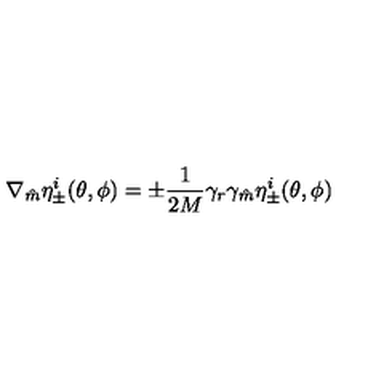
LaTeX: \nabla _ { \hat { m } } \eta _ { \pm } ^ { i } ( \theta , \phi ) = \pm \frac { 1 } { 2 M } \gamma _ { r } \gamma _ { \hat { m } } \eta _ { \pm } ^ { i } ( \theta , \phi )